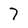
Character: 7